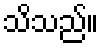
သိသည်။